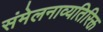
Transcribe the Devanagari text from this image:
संमेलनाव्यतिरिक्त